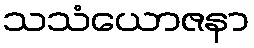
သသံယောဇနာ